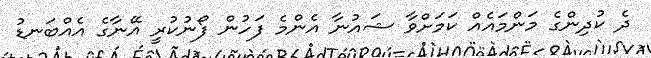
ދެ ކުދިންގެ މަންމައެއް ކަމަށްވާ ޝައުނާ އެންމެ ފަހުން ފޯނުކުރީ އޭނާގެ އެއްބަނޑު